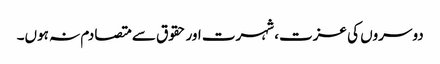
دوسروں کی عزت، شہرت اور حقوق سے متصادم نہ ہوں۔